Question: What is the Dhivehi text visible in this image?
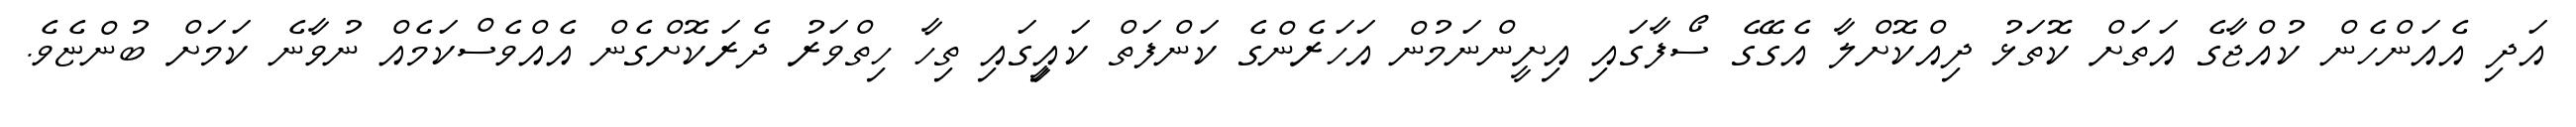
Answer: އަދި އެއަންހެން ކުއްޖާގެ އަތަށް ކޮތަޅު ދިއްކޮށްލާ އެގޭގެ ސޯފާގައި އިށީންނަމުން އަހަރެންގެ ކަންފަތް ކައިީގައި ތިހާ ހިތްވަރު ދެރަކޮށްގެން އެއްވެސްކަމެއް ނުވާނެ ކަމަށް ބުންޏެވެ.